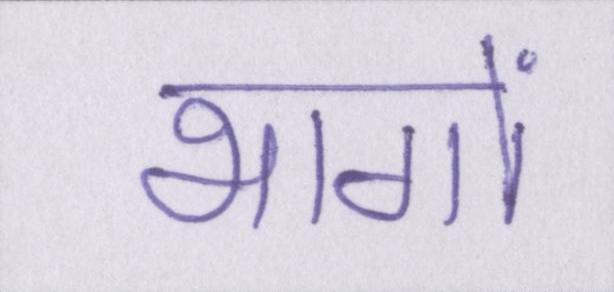
भागों